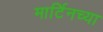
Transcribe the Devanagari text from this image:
मार्टिनच्या